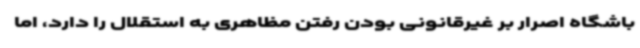
باشگاه اصرار بر غیرقانونی بودن رفتن مظاهری به استقلال را دارد، اما